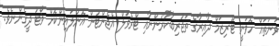
ވަނަތައް ހޮވަނީ ޓޫރިޒަމް ދާއިރާގެ ތަޖުރިބާކާރުންނާއި ޓްރެވަލް އެޖެންޓުން އޮންލައިންކޮށް ވޯޓު ދީގެންނެވެ.